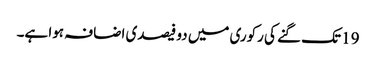
19 تک گنے کی رکوری میں دو فیصدی اضافہ ہوا ہے۔